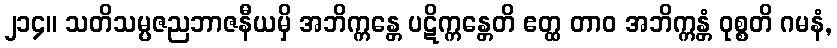
၂၁၄။ သတိသမ္ပဇညဘာဇနီယမှိ အဘိက္ကန္တေ ပဋိက္ကန္တေတိ ဧတ္ထ တာဝ အဘိက္ကန္တံ ဝုစ္စတိ ဂမနံ,